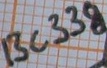
Text: BC338